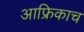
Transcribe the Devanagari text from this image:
आफ्रिकाच